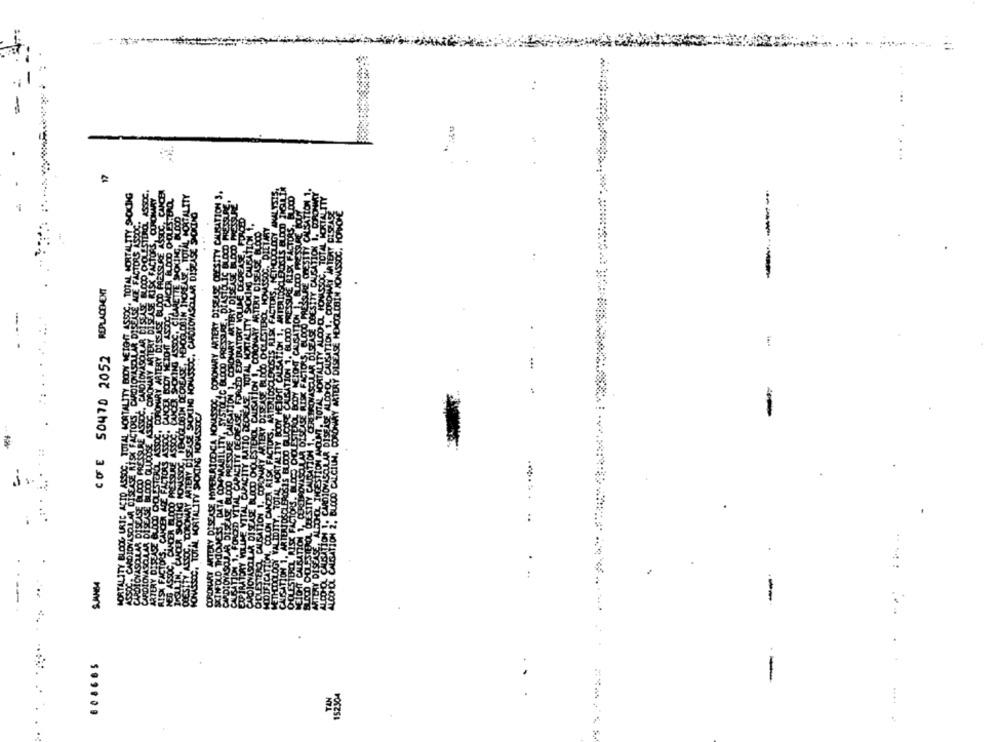
..
..
-
:
-----
...
MORTALITY BLOCK URI
ASSOC. CARDIOYASQL
-
---
.
-
....
POCZSI